Vital statistics of India. Vol. VI, European troops 1870-79
Year: 1870
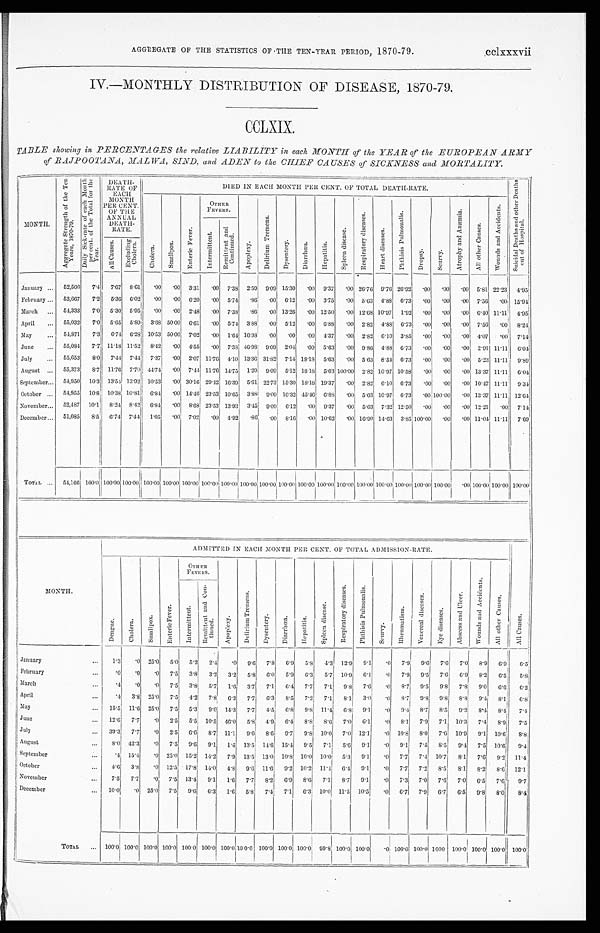
AGGREGATE OF THE STATISTICS OF THE TEN-YEAR PERIOD, 1870-79. cclxxxvii
IV.—MONTHLY DISTRIBUTION OF DISEASE, 1870-79.
CCLXIX.
TABLE showing in PERCENTAGES the relative LIABILITY in each MONTH of the YEAR of the EUROPEAN ARMY
of RAJPOOTANA, MALWA SIND, and ADEN to the CIHEF CAUSES of SICKNESS and MORTALITY.
MONTH.
A g g r e g a t e S t r e n g t h o f t h e T e n
Y e a r s , 1 8 7 0 - 7 9 .
D a i l y S i c k - r a t e o f e a c h M o n t h
p e r c e n t . o f t h e T o t a l f o r t h eY
e a r .
DEATH-
RATE OF
EACH
MONTH
PER CENT.
OF THE
ANNUAL DEATH-
RATE.
DIED IN EACH MONTH PER CENT. OF TOTAL DEATH-RATE. S u i c i d a l D e a t h s a n d o t h e r D e a t h s
o u t o f H o s p i t a l .
C h o l e r a .
S m a l l p o x .
E n t e r i c F e v e r .
O T H E R
F E V E R S .
A p o p l e x y .
D e l i r i u m T r e m e n s .
D y s e n t e r y . D i a r r h œ a .
H e p a t i t i s .
S p l e e n d i s e a s e .
R e s p i r a t o r y d i s e a s e s .
H e a r t d i s e a s e s .
P h t h i s i s P u l m o n a l i s . Dropsy.Scurvy.
A t r o p h y a n d A n æ m i a .
A l l o t h e r C a u s e s .
W o u n d s a n d A c c i d e n t s .
I n t e r m i t t e n t .
R e m i t t e n t a n d C o n t i n u e d .
A l l C a u s e s .
E x c l u d i n g
C h o l e r a .
January ... 52,506 7.4 7.67 8.61 .00 .00 3.31 .00 7.38 2.59 9.09 15.30 .00 9.37 .00 26.76 9.76 26.92 .00 .00 .00 5.81 22.23 4.95
February ... 53,667 7.2 5.36 6.02 .00 .00 6.20 .00 5.74 .86 .00 6.12 .00 3.75 .00 5.63 4.88 6.73 .00 .00 .00 7.56
. 0 0 15.94
March ... 54,333 7.0 5.30 5.95
. 0 0 .00 2.48 .00 7.38 .86 .00 13.26 .00 12.50 .00 12.68 10.97 1.92 .00 .00 .00 6.40 11.11 4.95
April ... 55,032 7.0 5.65 5.89 3.68 50.00 6.61 .00 5.74 3.88
. 0 0 5.12 .00 6.88 .00 2.82 4.88 6.73 .00 .00 .00 7.56 .00 8.24
May ... 54,871 7.3 6.74 6.28 10.53 50.00 7.02 .00 1.64 16.38
. 0 0 .00
. 0 0 4.37 .00 2.82 6.10 3.85 .00 .00 .00 4.07 .00 7.14
June ... 55,084 7.7 11.18 11.52 8.42 .00 4.55 .00 7.38 46.98 9.09 2.04
. 0 0 5.63 .00 9.86 4.88 6.73 .00 .00 .00 2.91 11.11 6.04
July ... 55,653 8.0 7.44 7.44 7.37 .00 2.07 11.76 4.10 13.36 31.82 7.14 18.18 5.63 .00 5.63 8.54 6.73 .00 .00 .00 5.23 11.11 9.89
August ... 55,373 8.7 11.76 7.70 44.74 .00 7.44 11.76 14.75 1.29 9.09 5.12 18.18 5.63 100.00 2.82 10.97 10.58 .00 .00 .00 13.37 11.11 6.04
September... 54,950 10.3 13.54 13.92 10.53 .00 30.16 29.42 16.39 5.61 22.73 15.30 18.18 19.37 .00 2.82 6.10 6.73 .00 .00 .00 10.47 11.11 9.34
October ... 54,955 10.8 10.38 10.81 6.84 .00 14.46 23.53 10.65 3.88 9.09 16.32 45.46 6.88 .00 5.63 10.97 6.73 .00 100.00 .00 13.37 11.11 12.64
November ... 52,487 10.1 8.24 8.42 6.84 .00 8.68 23.53 13.93 3.45 9.09 6.12 .00 9.37 .00 5.63 7.32 12.50 .00 .00 .00 12.21 .00 7.14
December ... 51,085 8.5 6.74 7.44 1.05 .00 7.02 .00 4.92 .86 .00 8.16 .00 10.62 .00 16.90 14.63 3.85 100.00 .00 .00 11.04 11.11 7.69
TOTAL... 54,166 100 . 0 100.00 100.00 100.00 100.00 100.00 100.00 100.00 100.00 100.00 100.0 0 100.00 100.00 100.00 100.00 100.00100.00100.00 100.00.00 100.00 100.00 100.00
MONTH.
ADMITTED IN EACH MONTH PER CENT. OF TOTAL ADMISSION-RATE.
A l l C a u s e s .
D e n g u e .
C h o l e r a .
S m a l l p o x .
E n t e r i c F e v e r .
OTHER
FEVERS.
A p o p l e x y .
D e l i r i u m T r e m e n s .
D y s e n t e r y . D i a r r h œ a . H e p a t i t i s .
S p l e e n d i s e a s e .
R e s p i r a t o r y d i s e a s e s .
P h t h i s i s P u l m o n a l i s .
S c u r v y .
R h e u m a t i s m . V e n e r e a l d i s e a s e s .
E y e d i s e a s e s .
A b s c e s s a n d U l c e r .
W o u n d s a n d A c c i d e n t s .
A l l o t h e r C a u s e s .
I n t e r mi t t e n t . R e m i t t e n t a n d C o n -
t i n u e d .
January
... 1.3 .0 25.0 5.0 5.2 2.4 .0 9.6 7.8 6.9 5.8 4.3 12.9 9.1 .0 7.9. 9.6 7.6 7.0 8.9 6.9 6.5
February
. . . .0 .0 .0 7.5 3.8 3.2 3.2 5.8 6.0 5.9 6.3 5.7 10.9 6.1 .0 7.9 9.5 7.6 6.9 8.2 6.5 5.8
March
. . .
. 4 .0 .0 7.5 3.8 5.7 1.6 3.7 7.1 6.4 7.7 7.1 9.8 7.6 .0 8.7 9.5 9.8 7.8 9.0 6.6 6.2
April
... .4 3.8 25.0 7.5 4.2 7.8 6.3 7.7
6 . 3 8.5 7.2 7.1 8.1 3.0 .0 8.7 9.8 9.8 8.8 9.4 8.1
6 . 8
May
... 15.5 11.6 25.0 7.5 5.3 9.0 14.3 7.7 4.5 6.8 9.8 11.4 6.8 9.1 .0 9.4 8.7 8.5 9.2 8.4 8.4 7.4
June
... 12.6 7.7 .0 2.5 5.5 10.5 46.0 5.8 4.9 6.4 8.8 8.6 7.0 6.1 .0 8.1 7.9 7.1 10.3 7.4 8.9 7.5
July
... 39.3 7.7 .0 2.5 6.6 8.7 11.1 9.6 8.6 9.7 9.8 10.0 7.0 12.1 .0 10.8 8.0 7.6 10.9 9.1 10.6 8.8
August
... 8.0 42.3 .0 7.5 9.6 9.1 1.6 13.5 14.6 15.4 9.5 7.1 5.6 9.1 .0 9.1 7.5 8.5 9.4 7.5 10.6 9.4
September
. . . .4 15.4 .0 25.0 15.2 14.2 7.9 13.5 13.0 10.8 10.0
1 0 . 0 5.3 9.1 .0 7.7 7.4 10.7 8.1 7.6 9.2 11.4
October
. . . 4.6 3.8 .0 12.5 17.8 14.0 4.8 9.6 11.6 9.2 10.2 11.4 6.4 9.1 .0 7.7 7.2 8.5 8.1 8.2 8.6 12.1
November
...
7 . 5 7.7 .0 7.5 13.4 9.1 1.6 7.7 8.2 6.9 8.6 7.1 8.7 9.1 .0 7.3 7.0 7.6 7.0 6.5 7.6 9.7
December
... 10.0 .0 25.0 7.5 9.6 6.3 1.6 5.8 7.4 7.1 6.3 10.0 11.5 10.5 .0 6.7 7.9 6.7 6.5 9.8 8.0 8.4
TOTAL ... 100.0 100.0 100.0 100.0 100.0 100.0 100.0 100.0 100.0 100.0 100.0 99.8 100.0 100.0
. 0 100.0 100.0 1000 100.0 100.0 100.0 100.0